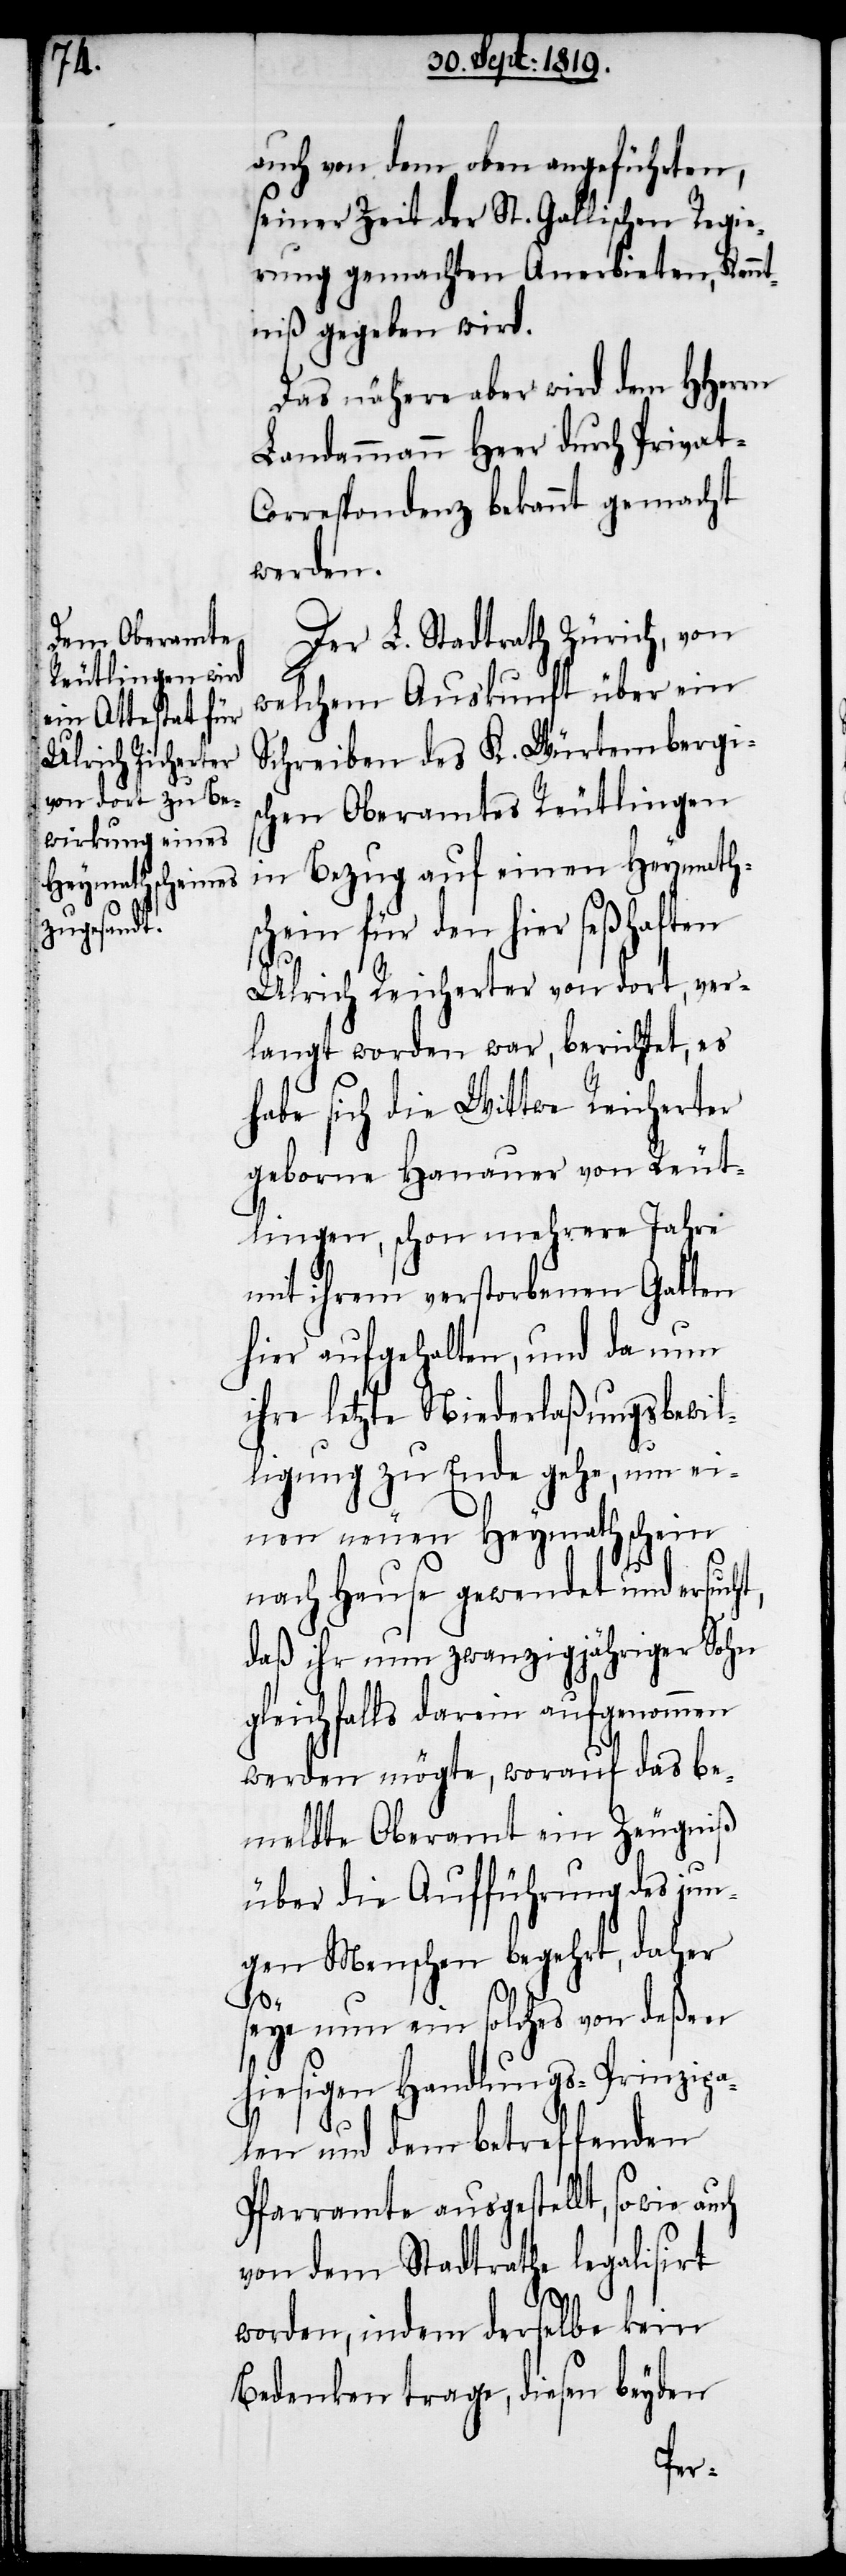
auch von dem oben angeführten,
seiner Zeit der St. Gallischen Regie¬
rung gemachten Anerbieten, Kennt¬
niß gegeben wird.
Das nähere aber wird dem HHerrn
Landammann Heer durch Privat-C¬
orrespondenz bekannt gemacht
werden.
Der L. Stadtrath Zürich, von
welchem Auskunft über ein
Schreiben des K. Würtembergis¬
chen Oberamtes Reutlingen
in Bezug auf einen Heymath¬
schein für den hier seßhaften
Ulrich Reicherter von dort, ver¬
langt worden war, berichtet, es
habe sich die Wittwe Reicherter
geborne Hanauer von Reut¬
lingen, schon mehrere Jahre
mit ihrem verstorbenen Gatten
hier aufgehalten, und da nun
ihre letzte Niederlaßungsbewil¬
ligung zu Ende gehe, um ei¬
nen neuen Heymathschein
nach Hause gewendet und ersuch¬
daß ihr nun zwanzigjähriger Sohn
gleichfalls darein aufgenommen
werden mögte, worauf das be¬
meldte Oberamt ein Zeugniß
über die Aufführung des jun¬
gen Menschen begehrt, daher
t,
seye nun ein solches von deßen
hiesigen Handlungs-Prinzipa¬
len und dem betreffenden
Pfarramte ausgestellt, sowie auch
von dem Stadtrathe legalisirt
worden, indem derselbe kein
Bedenken trage, diesen beyden